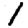
Digit: 1